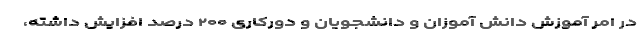
در امر آموزش دانش آموزان و دانشجویان و دورکاری ۲۰۰ درصد افزایش داشته،